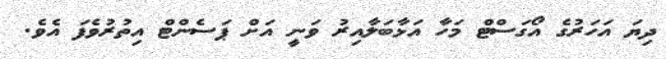
ދިޔަ އަހަރުގެ އޯގަސްޓް މަހާ އަޅާބަލާއިރު ވަނީ އަށް ޕަސެންޓް އިތުރުވެފަ އެވެ.